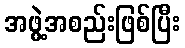
အဖွဲ့အစည်းဖြစ်ပြီး